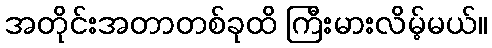
အတိုင်းအတာတစ်ခုထိ ကြီးမားလိမ့်မယ်။